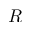
R